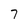
Character: 7